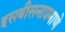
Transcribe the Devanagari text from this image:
इसवीसनाप्रमाणे